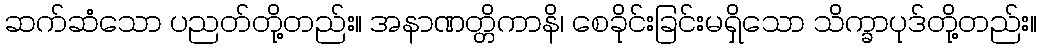
ဆက်ဆံသော ပညတ်တို့တည်း။ အနာဏတ္တိကာနိ၊ စေခိုင်းခြင်းမရှိသော သိက္ခာပုဒ်တို့တည်း။